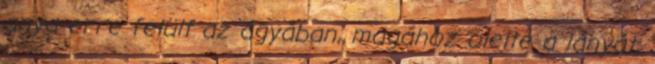
anya erre felült az ágyában, magához ölelte a lányát,